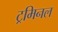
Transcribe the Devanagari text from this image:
ट्रमिनल